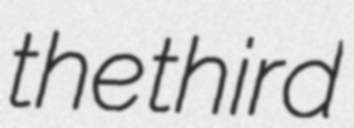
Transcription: the third